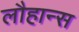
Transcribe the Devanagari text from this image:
लौहान्स